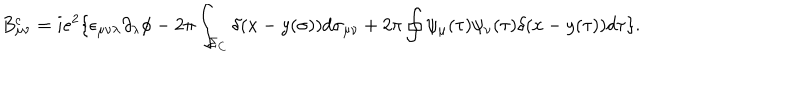
B _ { \mu \nu } ^ { c } = i e ^ { 2 } \{ \epsilon _ { \mu \nu \lambda } \partial _ { \lambda } \phi - 2 \pi \int _ { \Sigma _ { C } } \delta ( x - y ( \sigma ) ) d \sigma _ { \mu \nu } + 2 \pi \oint \psi _ { \mu } ( \tau ) \psi _ { \nu } ( \tau ) \delta ( x - y ( \tau ) ) d \tau \} .